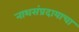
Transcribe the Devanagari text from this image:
नाथसंप्रदायाचा